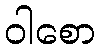
ဝါစော